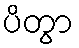
ပိတွာ